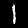
Label: 1